Vaccination in Bombay 1924-1928 - 1924-1928
Year: 1924
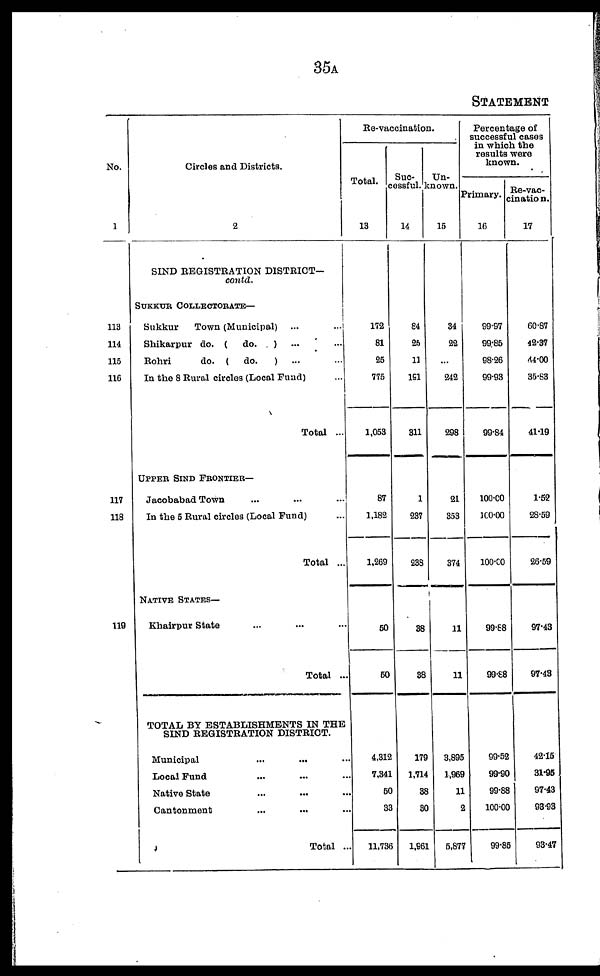
35A
STATEMENT
No.
1
113
114
115
116
117
118
119
Circles and Districts.
2
SIND REGISTRATION DISTRICT—
contd.
SUKKUR COLLECTORATE—
Sukkur
Town (Municipal) ... ...
Shikarpur do. (
do.
) ... ...
Rohri
do. ( do.
) ... ...
In the 8 Rural circles (Local Fund) ...
Total ...
UPPER SIND FRONTIER—
Jacobabad Town ... ... ...
In the 5 Rural circles (Local Fund) ...
Total ...
NATIVE STATES—
Khairpur State ... ... ...
Total ...
TOTAL BY ESTABLISHMENTS IN THE
SIND REGISTRATION DISTRICT.
Municipal
...
... ...
Local Fund ... ... ...
Native State ... ... ...
Cantonment ... ... ...
Total ...
Re-vaccination.
Total.
13
172
81
25
775
1,053
87
1,182
1,269
50
50
4,312
7,341
50
33
11,736
Suc-
cessful.
14
84
25
11
191
311
1
237
238
38
38
179
1,714
38
30
1,961
Un-
known.
15
34
22
...
242
298
21
353
374
11
11
3,895
1,969
11
2
5,877
Percentage of
successful cases
in which the
results were
known.
Primary.
16
99.97
99.85
98.26
99.93
99.84
100.00
100.00
100.00
99.88
99.88
99.52
99.90
99.88
100.00
99.85
Re-vac¬
cination.
17
60.87
42.37
44.00
35.83
41.19
1.52
28.59
26.59
97.43
97.43
42.15
31.95
97.43
93.93
93.47